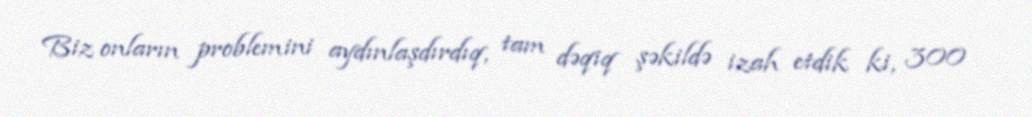
Biz onların problemini aydınlaşdırdıq, tam dəqiq şəkildə izah etdik ki, 300